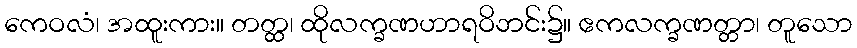
ကေဝလံ၊ အထူးကား။ တတ္ထ၊ ထိုလက္ခဏဟာရဝိဘင်း၌။ ဧကလက္ခဏတ္တာ၊ တူသော